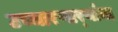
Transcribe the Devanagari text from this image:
उच्चारणार्‍यांना